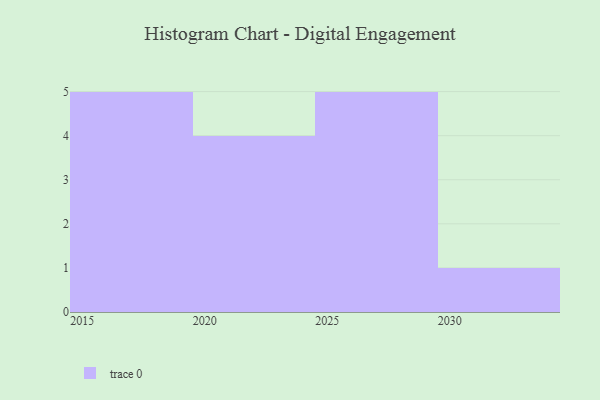
{"axis": {"x": "Year", "y": "Latency (ms)"}, "legend": [""], "data": [{"x": "2015", "y": 92, "type": ""}, {"x": "2029", "y": 36, "type": ""}, {"x": "2016", "y": 67, "type": ""}, {"x": "2025", "y": 23, "type": ""}, {"x": "2026", "y": 13, "type": ""}, {"x": "2024", "y": 94, "type": ""}, {"x": "2028", "y": 67, "type": ""}, {"x": "2020", "y": 39, "type": ""}, {"x": "2017", "y": 13, "type": ""}, {"x": "2019", "y": 28, "type": ""}, {"x": "2030", "y": 34, "type": ""}, {"x": "2018", "y": 29, "type": ""}, {"x": "2022", "y": 47, "type": ""}, {"x": "2027", "y": 69, "type": ""}, {"x": "2023", "y": 80, "type": ""}]}